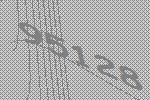
95128